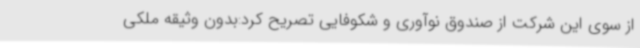
از سوی این شرکت از صندوق نوآوری و شکوفایی تصریح کرد:بدون وثیقه ملکی